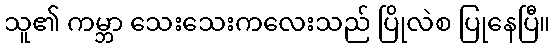
သူ၏ ကမ္ဘာ သေးသေးကလေးသည် ပြိုလဲစ ပြုနေပြီ။